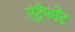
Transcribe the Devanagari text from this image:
एंट्रैपमेंट